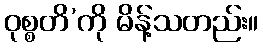
ဝုစ္စတိ’ကို မိန့်သတည်း။